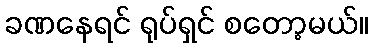
ခဏနေရင် ရုပ်ရှင် စတော့မယ်။